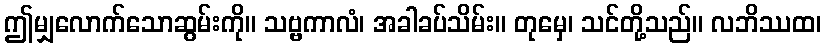
ဤမျှလောက်သောဆွမ်းကို။ သဗ္ဗကာလံ၊ အခါခပ်သိမ်း။ တုမှေ၊ သင်တို့သည်။ လဘိဿထ၊